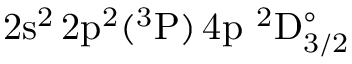
\mathrm { 2 s ^ { 2 } \, 2 p ^ { 2 } ( ^ { 3 } P ) \, 4 p ~ ^ { 2 } D _ { 3 / 2 } ^ { \circ } }